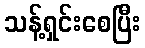
သန့်ရှင်းစေပြီး